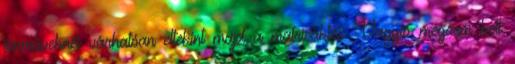
járműveknél várhatóan eltekint majd a matricáktól. Vagyis mégsem kell